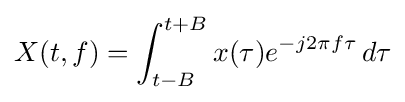
X(t,f)=\int _{t-B}^{t+B}x(\tau )e^{-j2\pi f\tau }\,d\tau